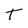
Character: T